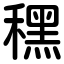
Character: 䆀